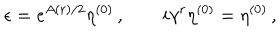
LaTeX: \epsilon = e ^ { A ( r ) / 2 } \eta ^ { ( 0 ) } \, , \quad \quad i \gamma ^ { r } \eta ^ { ( 0 ) } = \eta ^ { ( 0 ) } \, ,